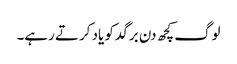
لوگ کچھ دن برگد کو یاد کرتے رہے۔